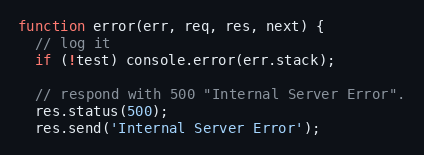
Language: JavaScript
function error(err, req, res, next) {
  // log it
  if (!test) console.error(err.stack);

  // respond with 500 "Internal Server Error".
  res.status(500);
  res.send('Internal Server Error');